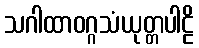
သဂါထာဝဂ္ဂသံယုတ္တပါဠိ